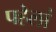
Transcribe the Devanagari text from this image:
पहेलां